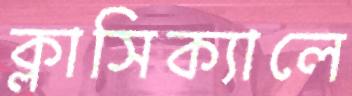
ক্লাসিক্যালে